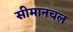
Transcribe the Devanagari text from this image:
सीमानचल